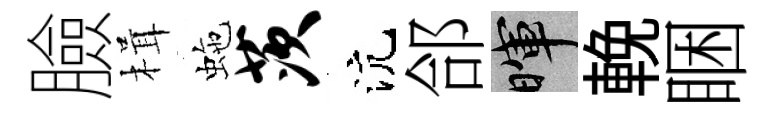
臉楫虵茨沆郃暉輓睏